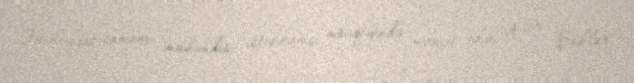
Əməliyyat zamanı mühəndis istehkamçı mövqeyində xidmət edən gizir Şahlar